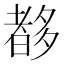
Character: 𡗀